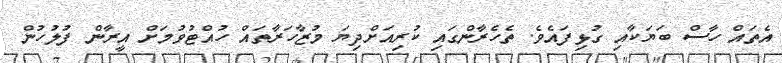
އެތައް ހާސް ބަޔަކާއި ގުޅިފައެވެ. ތެހެރާންގައި ކުރިއަށްދިޔަ މުޒާހަރާތައް ހުއްޓުވުމަށް އީރާން ފުލުހުން